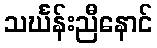
သင်္ဃန်းညီနောင်